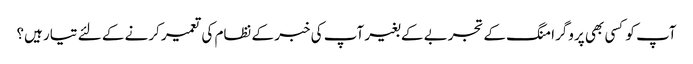
آپ کو کسی بھی پروگرامنگ کے تجربے کے بغیر آپ کی خبر کے نظام کی تعمیر کرنے کے لئے تیار ہیں؟